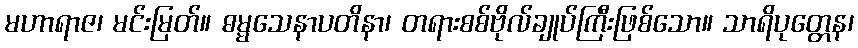
မဟာရာဇ၊ မင်းမြတ်။ ဓမ္မသေနာပတိနာ၊ တရားစစ်ဗိုလ်ချုပ်ကြီးဖြစ်သော။ သာရိပုတ္တေန၊